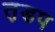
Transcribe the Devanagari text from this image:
त़डप